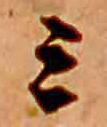
ミ